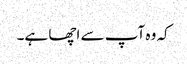
کہ وہ آپ سے اچھا ہے۔